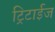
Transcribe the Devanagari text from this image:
ट्रिटाईज